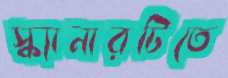
স্ক্যানারটিতে